画像に写った文字を読んでください
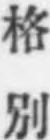
「格別」と書いてあります